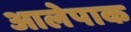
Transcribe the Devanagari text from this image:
आलेपाक